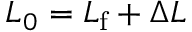
L _ { 0 } = L _ { \mathrm { f } } + \Delta L